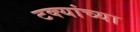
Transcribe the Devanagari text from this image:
टक्यांच्या